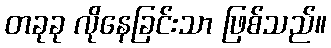
တခုခု လိုနေခြင်းသာ ဖြစ်သည်။